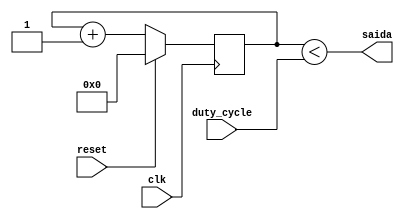
module pwm(clk, reset, duty_cycle, saida);

	input clk;
	input reset;
	input [7:0] duty_cycle; // Exemplo comentrio
	output saida;
	
	reg [7:0] contador; // de 0 a 2^N
	
	
	always @ (posedge clk)
	begin
		if (~reset)
			contador <= contador + 1;
		else
			contador <= 'b0;
	end
	
	assign saida = (contador < duty_cycle);

endmodule